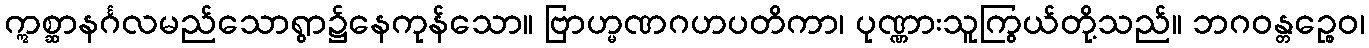
ဣစ္ဆာနင်္ဂလမည်သောရွာ၌နေကုန်သော။ ဗြာဟ္မဏဂဟပတိကာ၊ ပုဏ္ဏားသူကြွယ်တို့သည်။ ဘဂဝန္တဉ္စေဝ၊